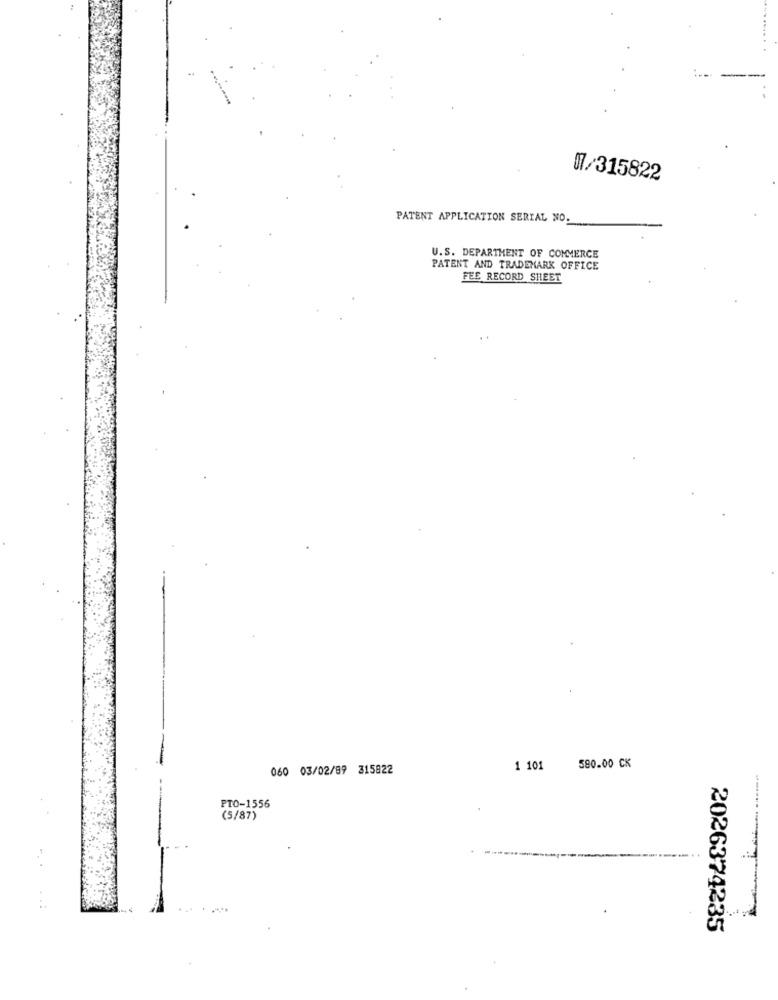
-
17/315822
PATENT APPLICATION SERIAL NO.
U.S. DEPARTMENT OF COMMERCE
PATENT AND TRADEMARK OFFICE
FEE RECORD SHEET
060 03/02/89 315822
1 101
580.00 CK
PTO-1556
(5/87)
2026374235